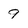
Character: 9